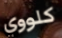
كلووي